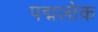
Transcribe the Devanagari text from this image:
पद्मलोक